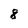
Character: 8